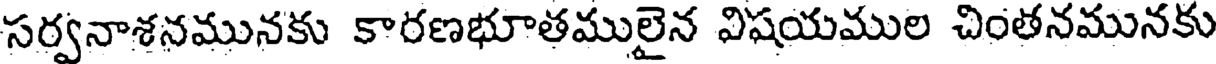
సర్వనాశనమునకు కారణభూతములైన విషయముల చింతనమునకు